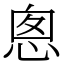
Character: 悤